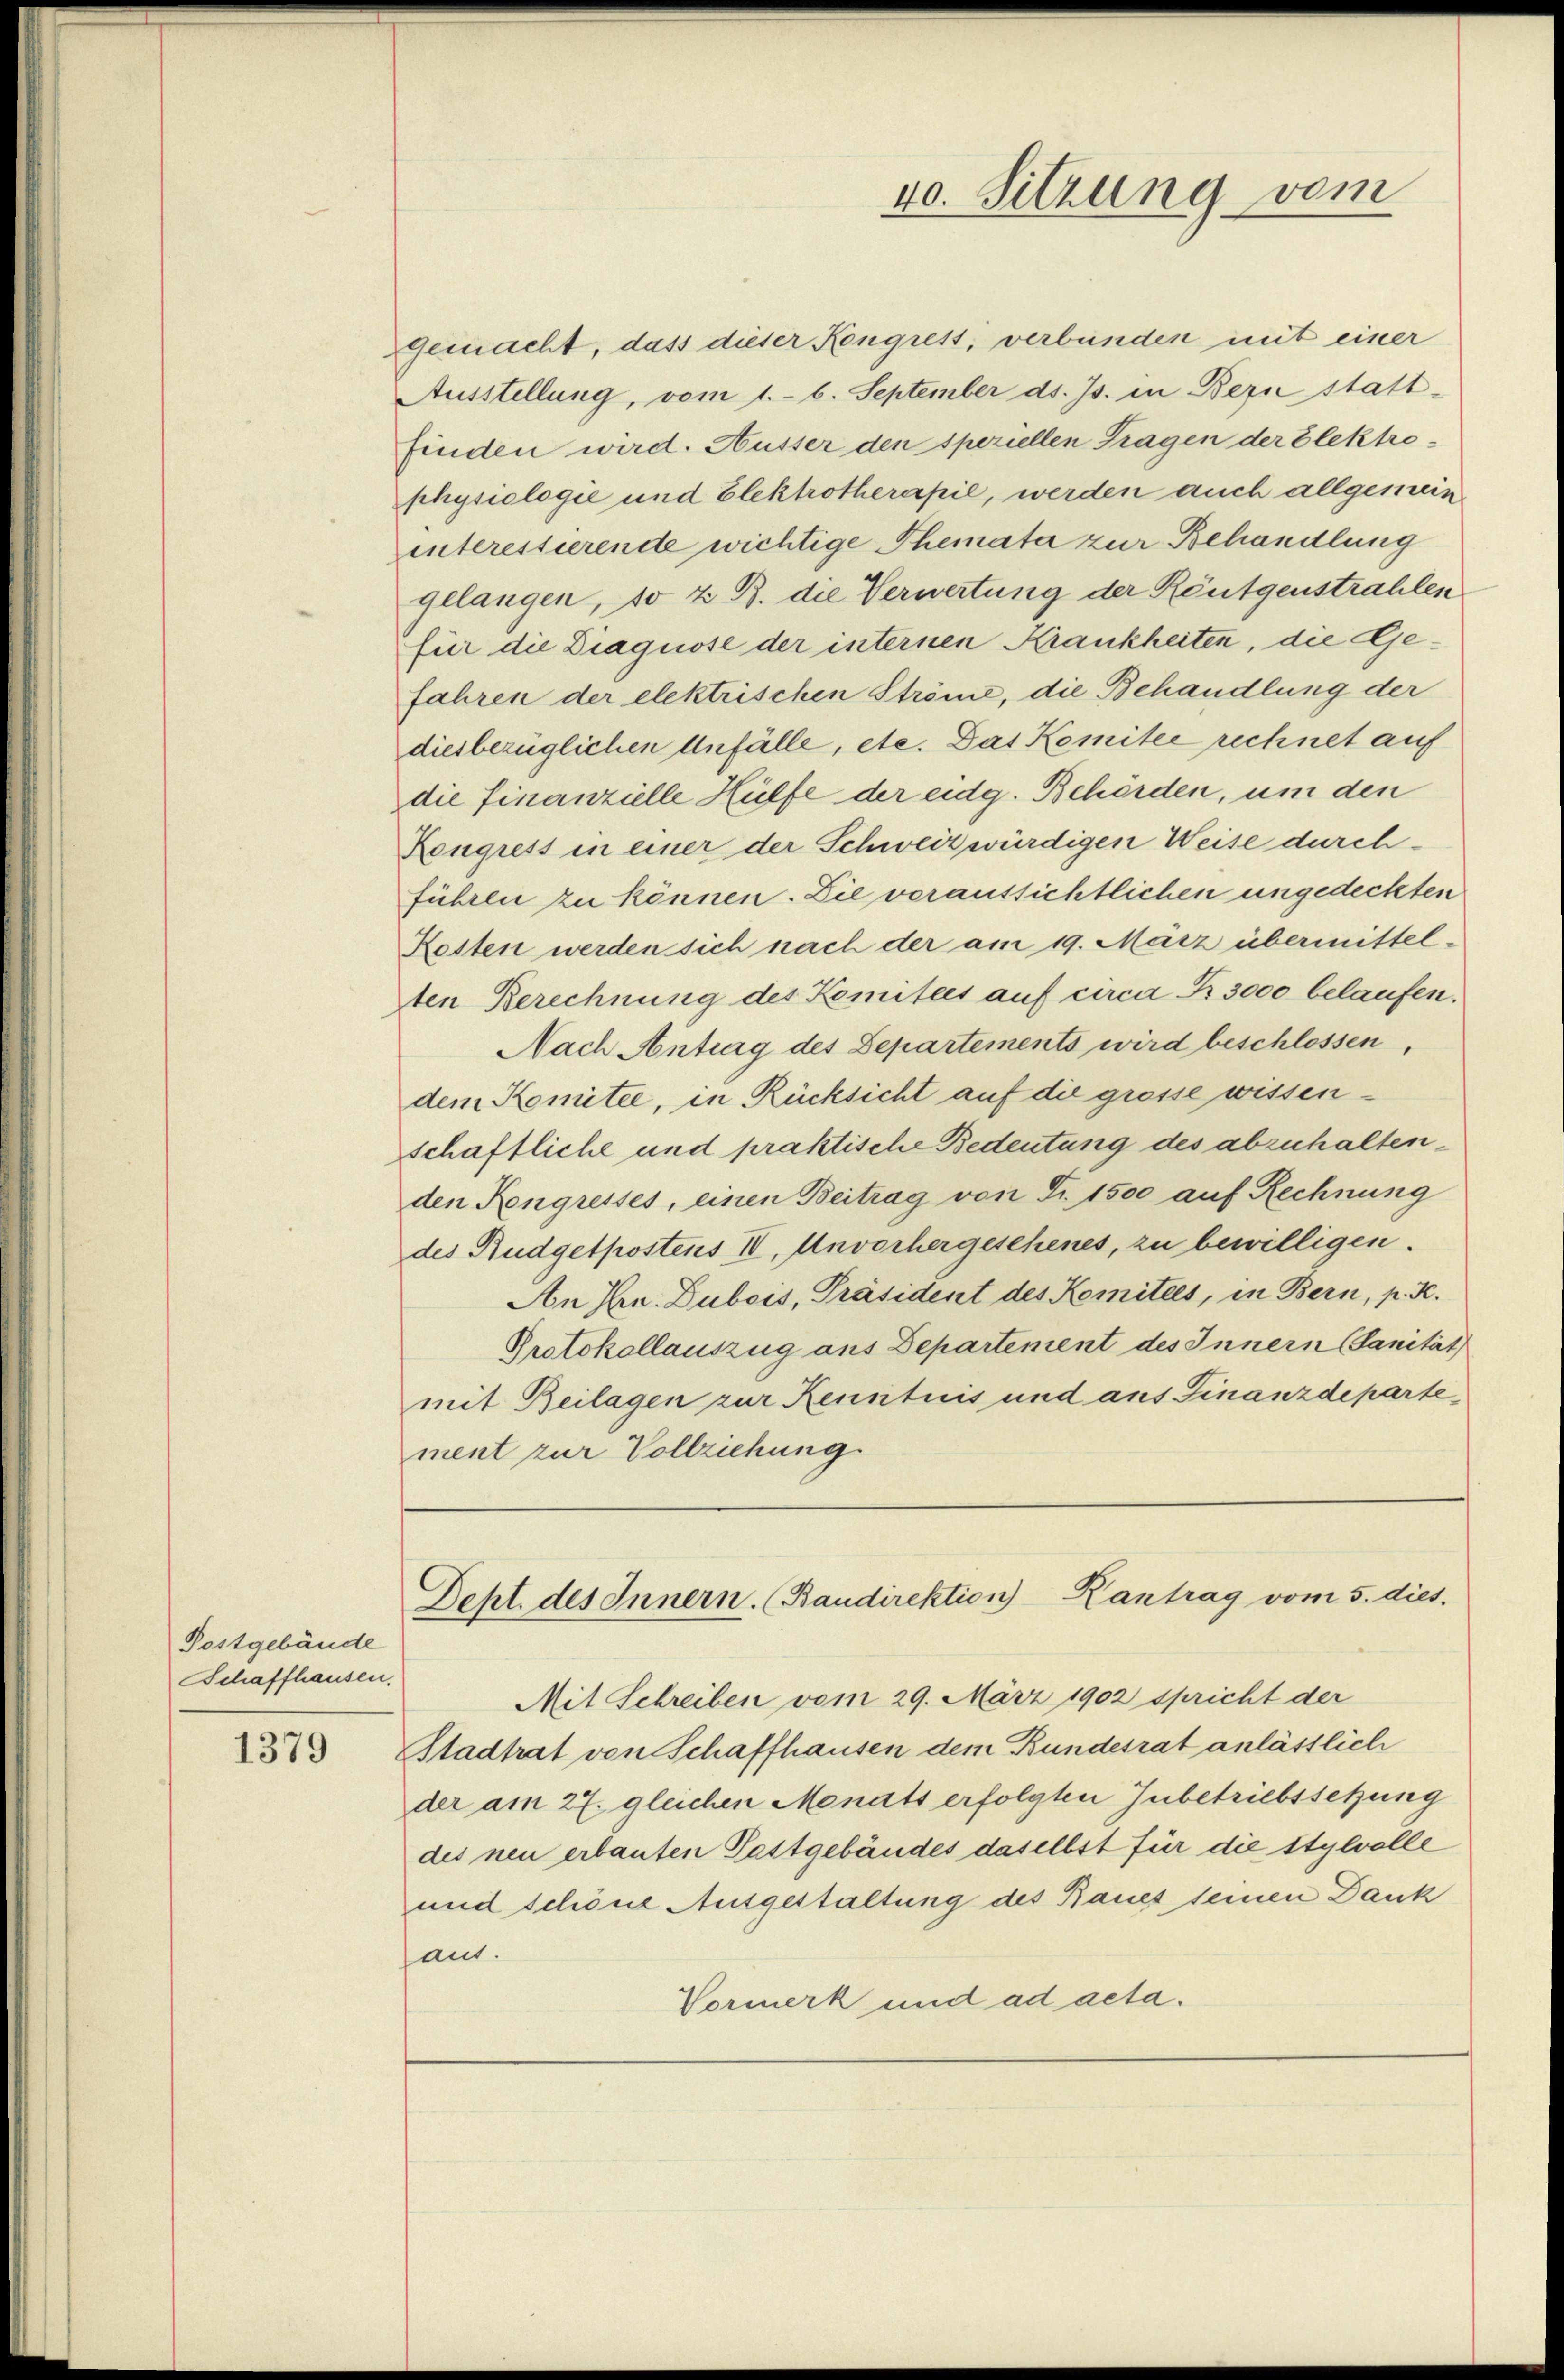
Postgebäude
Schaffhausen.

1379

gemacht, daß dieser Kongrest, verbunden mit einer
Ausstellung, vom 1. 6. September ds. Js. in Bern stattfinden wird. Husser den speriellen Tragen der Elektro-
physiologie und Elektrotherapie, werden auch allgemein
interessierende wichtige Themata zur Behandlung
gelangen, so z. B. die Verwertung der Röntgenstrahlen
für die Diagnose der internen Krankheiten, die Ge¬
Jahren der elektrischen Ströme, die Behandlung der
diesbezüglichen Anfälle, etc. Das Komitee rechnet auf
die finanzielle Hülfe der eidg. Behörden, um den
Kongress in einer der Schweiz würdigen Weise durchführen zu können. Die veraussichtlichen ungedeckten
Rotten werden sich nach der am 19. März übermittelten Berechnung des Komitees auf circa Fr. 3000 belaufen.
Nach Antrag des Separtements wird beschlossen,
dem Komitée, in Rücksicht auf die grosse wissenschaftliche und praktische Bedeutung des abzuhalten,
den Kongresses, einen Beitrag von Fr. 1500 auf Rechnung
des Rudgetpostens IV. Unvorhergesehenes, zu bewilligen.
An Hrn. Dubois, Präsident des Komitees, in Bern, p. K.
Protokollauszug aus Departement des Innern (Sanität
mit Beilagen zur Kenntnis und aus Finanzdepartement zur Vollziehung
Dept. des Innern. (Baudirektion Kantrag vom 5. dies
Mit Schreiben vom 29. März 1902 spricht der
Stadtrat von Schaffhausen dem Bundesrat anlässlich
der am 27. gleichen Monats erfolgten Inbetriebssetzung
des neu erbauten Pastgebäudes daselbst für die stylvolle
und schöne Ausgestaltung des Raues seinen Dank
aut.
Vormerk und ad acta.

40. Sitzung vom